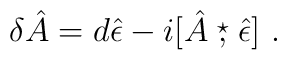
\delta \hat{A}=d\hat{\epsilon} - i[\hat{A}\stackrel{\star}{,} \hat{\epsilon}]~.